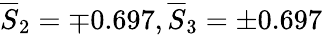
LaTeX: \overline{{S}}_{2}=\mp 0.697,\overline{{S}}_{3}=\pm 0.697